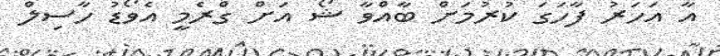
އާ އަހަރު ފާހަގަ ކުރުމަށް ބާއްވާ ޝޯ އަށް ގްރެމީ އެވޯޑު ހާސިލް